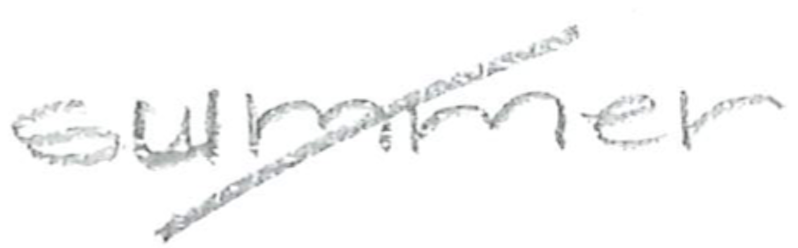
Text: summer
Cross-out: mix
Writing tool: pencil